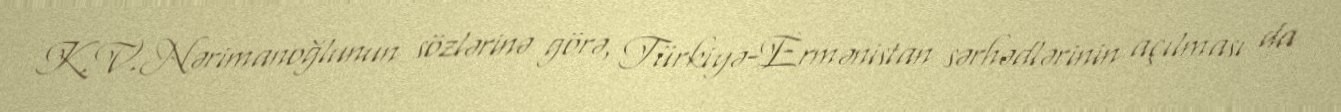
K.V.Nərimanoğlunun sözlərinə görə, Türkiyə-Ermənistan sərhədlərinin açılması da